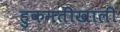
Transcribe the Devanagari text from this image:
हुकमतीखाली